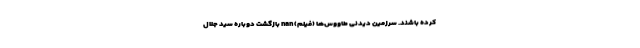
کرده باشند. سرزمین دیدنی طاووس‌ها (فیلم) nan بازگشت دوباره سید جلال